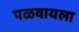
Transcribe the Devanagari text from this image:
पळवायला